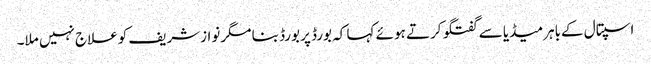
اسپتال کےباہرمیڈیا سے گفتگو کرتے ہوئے کہا کہ بورڈ پربورڈ بنا مگرنوازشریف کوعلاج نہیں ملا۔